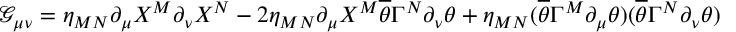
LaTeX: \mathcal { G } _ { \mu \nu } = \eta _ { M N } \partial _ { \mu } X ^ { M } \partial _ { \nu } X ^ { N } - 2 \eta _ { M N } \partial _ { \mu } X ^ { M } \overline { { { \theta } } } \Gamma ^ { N } \partial _ { \nu } \theta + \eta _ { M N } ( \overline { { { \theta } } } \Gamma ^ { M } \partial _ { \mu } \theta ) ( \overline { { { \theta } } } \Gamma ^ { N } \partial _ { \nu } \theta )